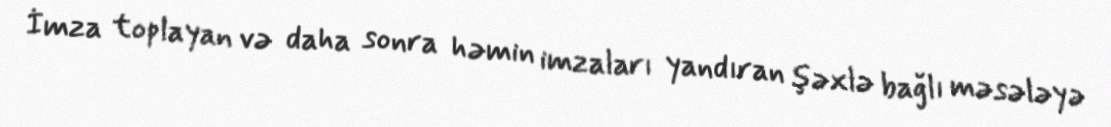
İmza toplayan və daha sonra həmin imzaları yandıran şəxlə bağlı məsələyə